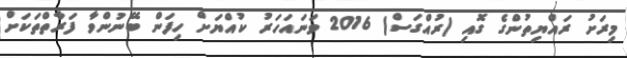
މިރަށު ރައްޔިތުންގެ ގޮއި (ރުއްގަސް) 2016 ވަނައަހަރު ކުއްޔަށް ހިފަން ބޭނުންވާ ފަރާތްތަކަށް